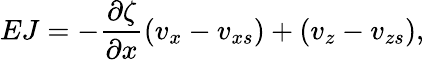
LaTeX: EJ=-\frac{\partial\zeta}{\partial x}(v_{x}-v_{xs})+(v_{z}-v_{zs}),